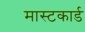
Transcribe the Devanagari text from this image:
मास्टकार्ड